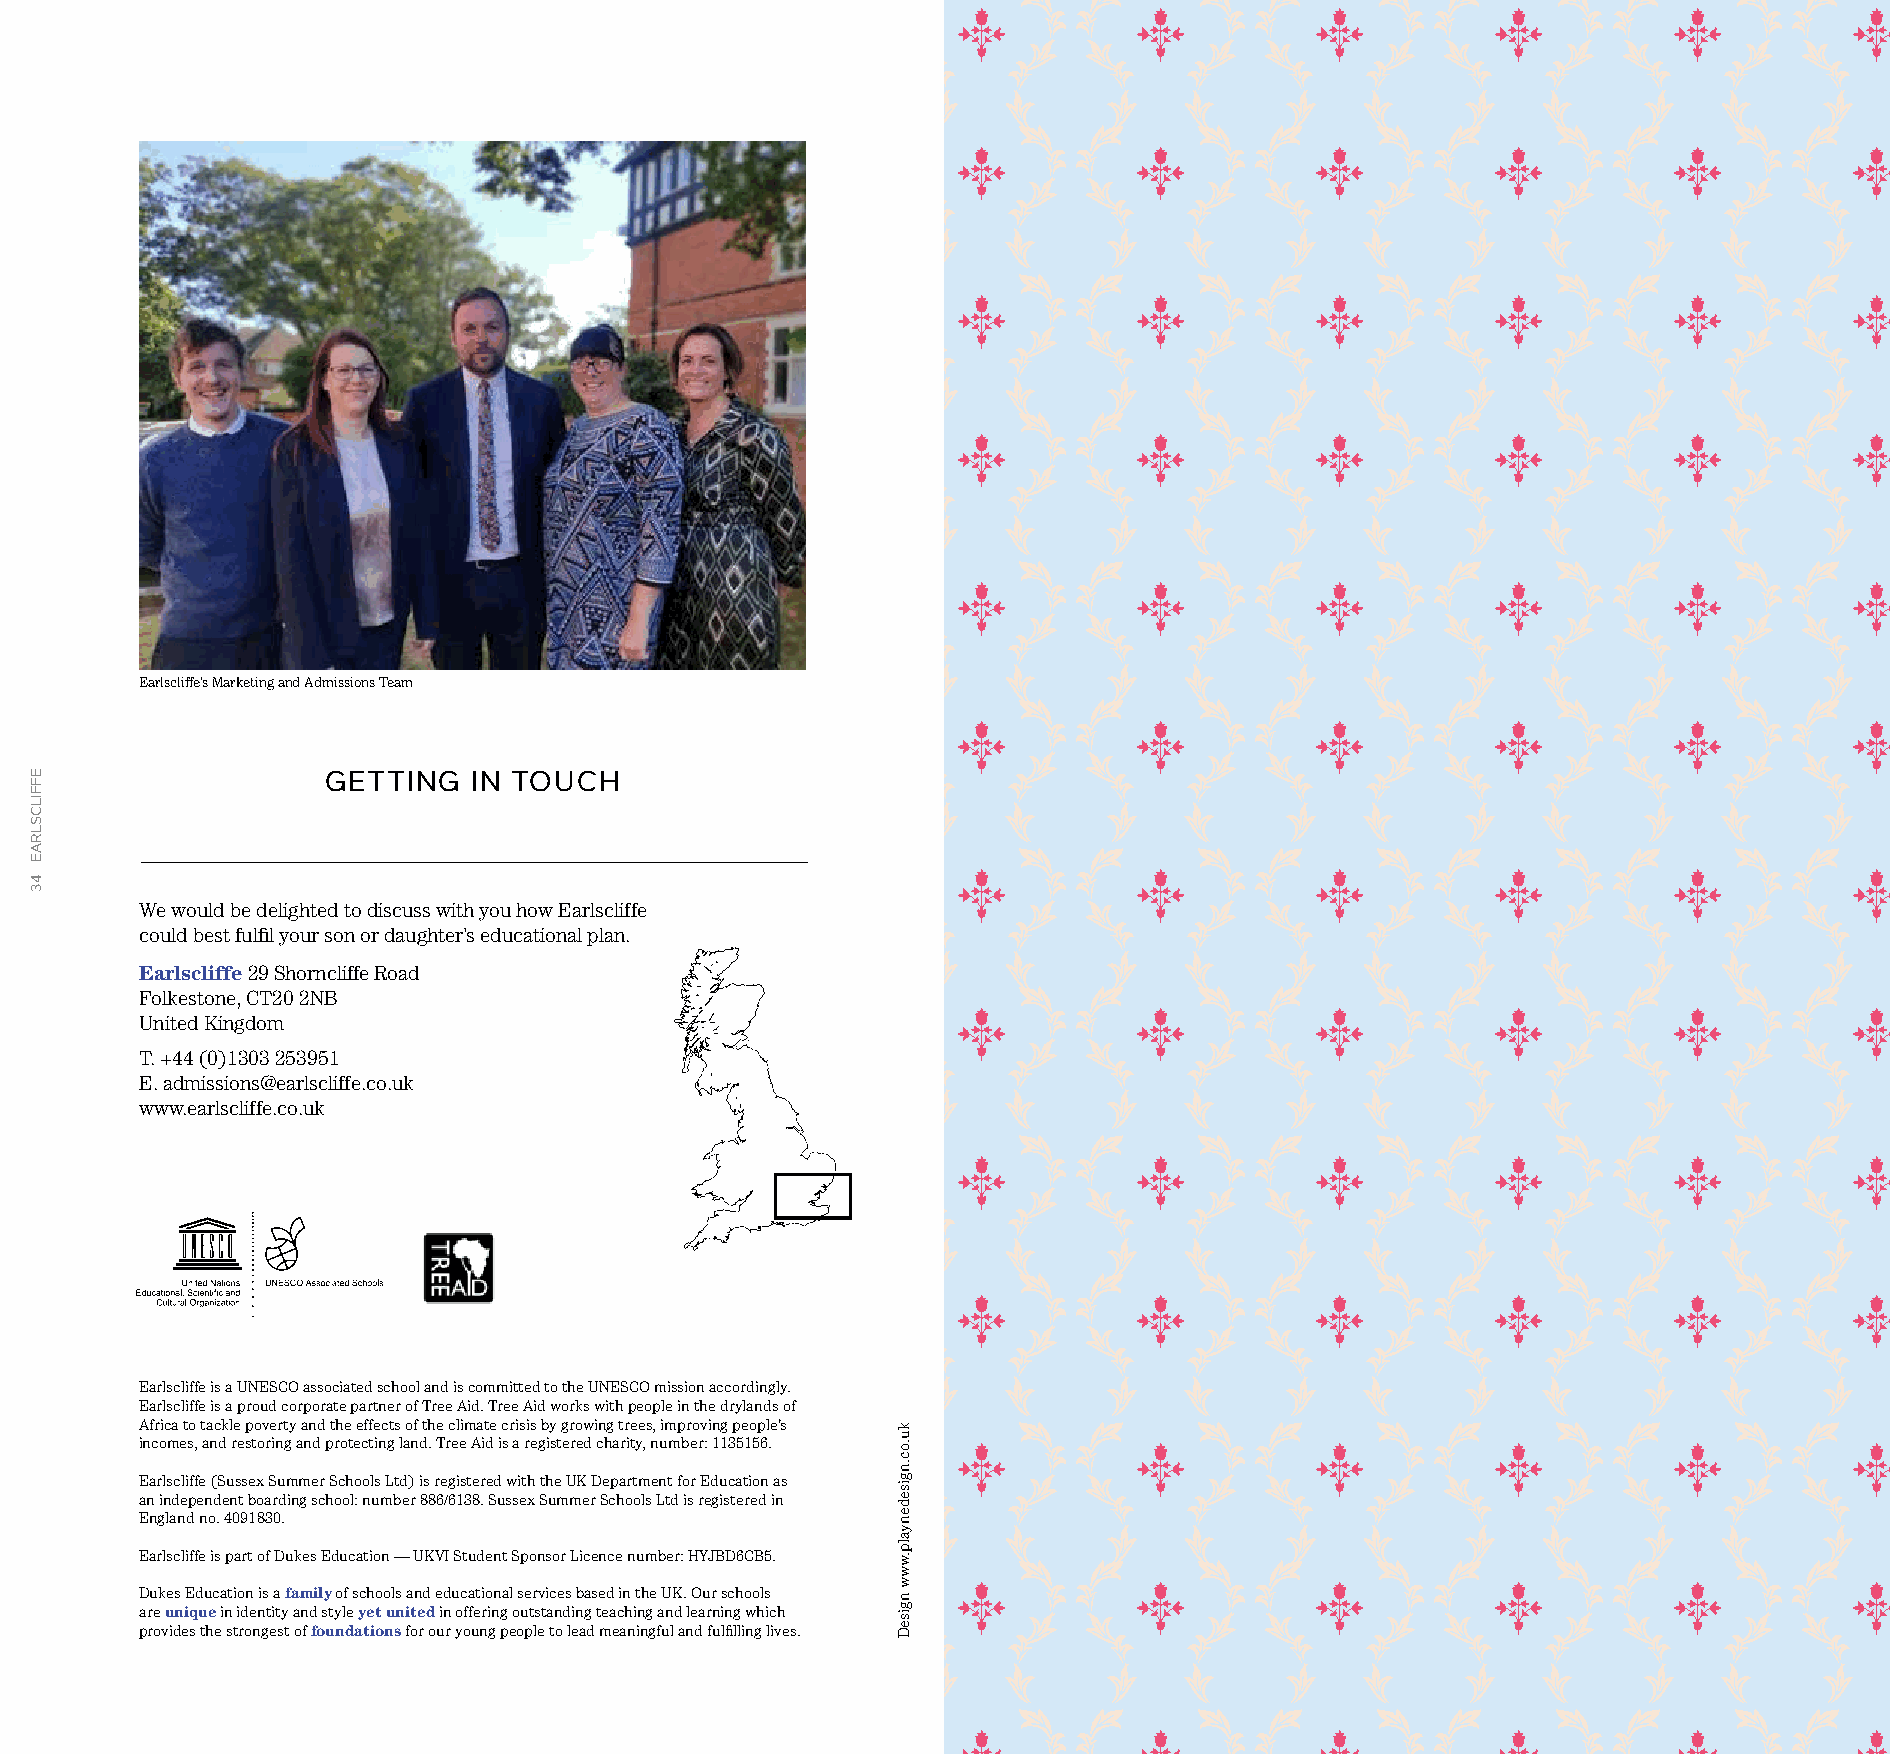
Earlscliffe’s Marketing and Admissions Team
 GETTING  IN TOUCH
 We would be delighted to discuss with you how Earlscliffe
 could best fulfil your son or daughter’s educational plan.
 Earlscliffe 29 Shorncliffe Road
 Folkestone, CT20 2NB
 United Kingdom
 T. +44 (0)1303 253951
 E. admissions@earlscliffe.co.uk
 www.earlscliffe.co.uk
 Earlscliffe is a UNESCO associated school and is committed to the UNESCO mission accordingly.
 Earlscliffe is a proud corporate partner of Tree Aid. Tree Aid works with people in the drylands of
 Africa to tackle poverty and the effects of the climate crisis by growing trees, improving people’s
 incomes, and restoring and protecting land. Tree Aid is a registered charity, number: 1135156.
 Earlscliffe (Sussex Summer Schools Ltd) is registered with the UK Department for Education as
 an independent boarding school: number 886/6138. Sussex Summer Schools Ltd is registered in
 England no. 4091830.
 Earlscliffe is part of Dukes Education — UKVI Student Sponsor Licence number: HYJBD6CB5.
 Dukes Education is a family of schools and educational services based in the UK. Our schools
 are unique in identity and style yet united in offering outstanding teaching and learning which
 provides the strongest of foundations for our young people to lead meaningful and fulfilling lives.
 EFFILCSLRAE
 43
 ku.oc.ngisedenyalp.www
 ngiseD